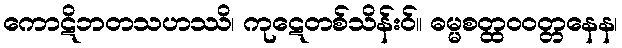
ကောဋိဘတသဟဿိ၊ ကုဋေတစ်သိန်းဝ်။ ဓမ္မစတ္ထဝဝတ္တနေန၊